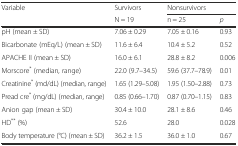
<table><thead><tr><td rowspan="2"><b>Variable</b></td><td><b>Survivors</b></td><td colspan="2"><b>Nonsurvivors</b></td></tr><tr><td><b>N = 19</b></td><td><b>n = 25</b></td><td><b><i>p</i></b></td></tr></thead><tbody><tr><td>pH (mean ± SD)</td><td>7.06 ± 0.29</td><td>7.05 ± 0.16</td><td>0.93</td></tr><tr><td>Bicarbonate (mEq/L) (mean ± SD)</td><td>11.6 ± 6.4</td><td>10.4 ± 5.2</td><td>0.52</td></tr><tr><td>APACHE II (mean ± SD)</td><td>16.0 ± 6.1</td><td>28.8 ± 8.2</td><td>0.006</td></tr><tr><td>Morscore<sup>*</sup> (median, range)</td><td>22.0 (9.7–34.5)</td><td>59.6 (37.7–78.9)</td><td>0.01</td></tr><tr><td>Creatinine<sup>*</sup> (md/dL) (median, range)</td><td>1.65 (1.29–5.08)</td><td>1.95 (1.50–2.88)</td><td>0.73</td></tr><tr><td>Pread cre<sup>*</sup> (mg/dL) (median, range)</td><td>0.85 (0.66–1.70)</td><td>0.87 (0.70–1.15)</td><td>0.83</td></tr><tr><td>Anion gap (mean ± SD)</td><td>30.4 ± 10.0</td><td>28.1 ± 8.6</td><td>0.46</td></tr><tr><td>HD<sup>**</sup> (%)</td><td>52.6</td><td>28.0</td><td>0.028</td></tr><tr><td>Body temperature (°C) (mean ± SD)</td><td>36.2 ± 1.5</td><td>36.0 ± 1.0</td><td>0.67</td></tr></tbody></table>